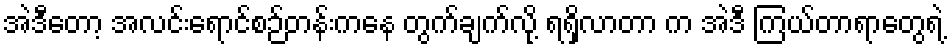
အဲဒီတော့ အလင်းရောင်စဉ်တန်းကနေ တွက်ချက်လို့ ရရှိလာတာ က အဲဒီ ကြယ်တာရာတွေရဲ့